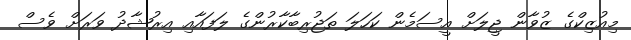
މިއުޒިކްގެ ޒުވާން ޖީލަށް އީސަމެން ކަހަލަ ތަޖުރިބާކާރުންގެ ލަފައާއި އިރުޝާދު ވަރަށް ވެސް